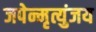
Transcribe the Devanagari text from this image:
जपेन्मृत्युंजय